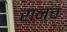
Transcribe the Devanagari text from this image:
रान्च